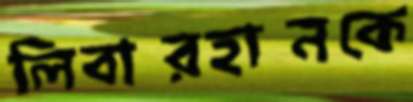
লিবারহানকে